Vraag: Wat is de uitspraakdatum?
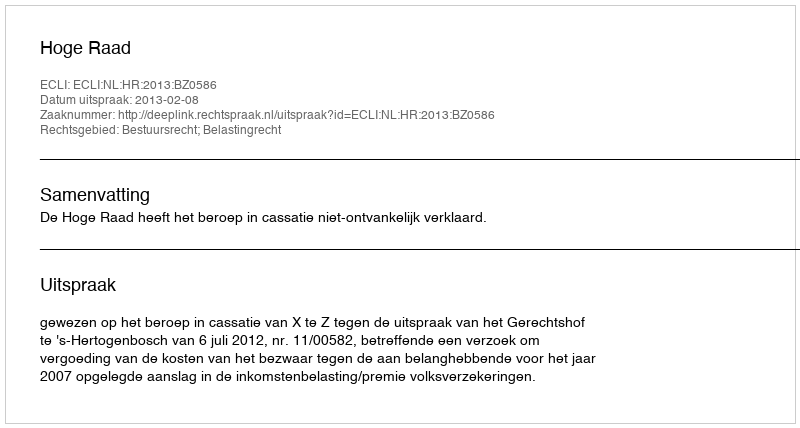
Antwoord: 2013-02-08